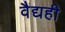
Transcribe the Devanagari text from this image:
वैद्यही